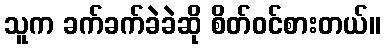
သူက ခက်ခက်ခဲခဲဆို စိတ်ဝင်စားတယ်။